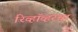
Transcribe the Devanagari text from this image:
रिव्हॉव्हरचा